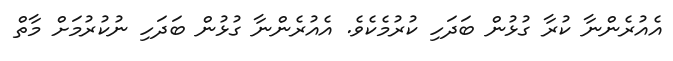
އެއުރެންނާ ކުރާ ގުޅުން ބަދަހި ކުރުމެކެވެ. އެއުރެންނާ ގުޅުން ބަދަހި ނުކުރުމަށް މާތް